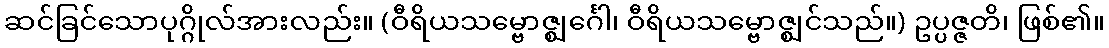
ဆင်ခြင်သောပုဂ္ဂိုလ်အားလည်း။ (ဝီရိယသမ္ဗောဇ္ဈင်္ဂေါ၊ ဝီရိယသမ္ဗောဇ္ဈင်သည်။) ဥပ္ပဇ္ဇတိ၊ ဖြစ်၏။